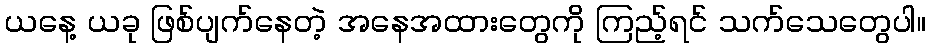
ယနေ့ ယခု ဖြစ်ပျက်နေတဲ့ အနေအထားတွေကို ကြည့်ရင် သက်သေတွေပါ။